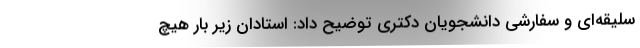
سلیقه‌ای و سفارشی دانشجویان دکتری توضیح داد: استادان زیر بار هیچ